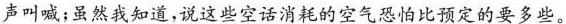
声叫喊；虽然我知道，说这些空话消耗的空气恐怕比预定的要多些。